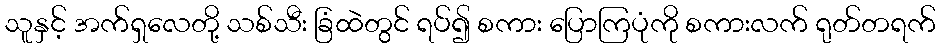
သူနှင့် အက်ရှလေတို့ သစ်သီး ခြံထဲတွင် ရပ်၍ စကား ပြောကြပုံကို စကားလက် ရုတ်တရက်